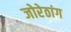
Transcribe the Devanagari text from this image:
जोरेठांग